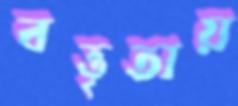
বত্তৃতায়